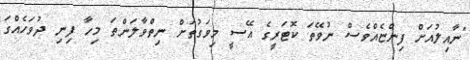
"ނާއިލުއަށް ފިންޏެއްވެސް ނުވޭތަ ކޮޓަރީގެ އޭސީ މިވަގުތަށް ނިތްވާލަންތަ މިހާ ފިނި ދުވަހެއްގަ